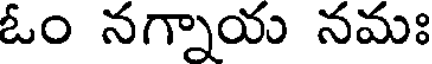
ఓం నగ్నాయ నమః